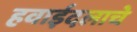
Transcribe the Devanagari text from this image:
हवाईदलाचे